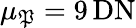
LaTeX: \mu_{\mathfrak{P}}=9\, \mathrm{{DN}}